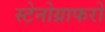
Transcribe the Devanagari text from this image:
स्टेनोग्राफरो